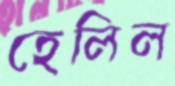
হেলিল